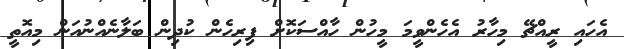
އެހައި ރީއްޗޭ މިހާރު އެހެންވީމަ މީހުން ހާއްސަކޮށް ފިރިހެން ކުދިން ބަލާނެއްނުއަން މިއޮތީ